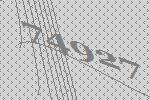
74927